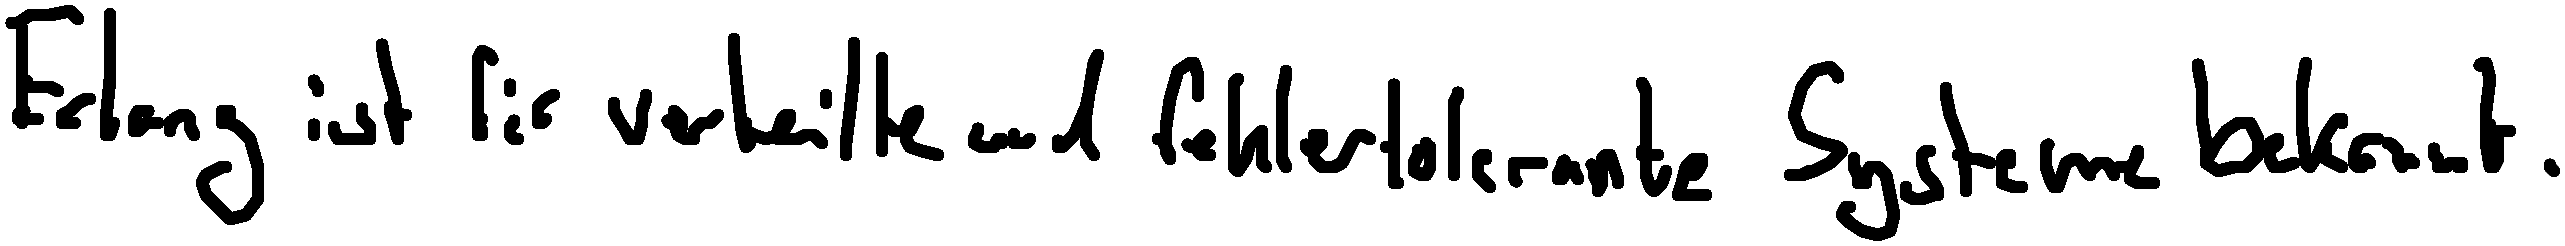
Erlang ist für verteilte und fehlertolerante Systeme bekannt.